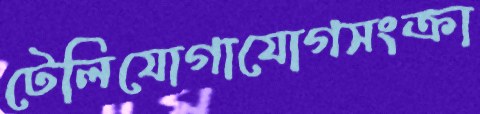
টেলিযোগাযোগসংক্রা